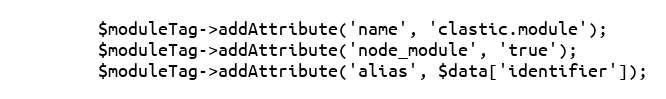
Language: PHP
        $moduleTag->addAttribute('name', 'clastic.module');
        $moduleTag->addAttribute('node_module', 'true');
        $moduleTag->addAttribute('alias', $data['identifier']);